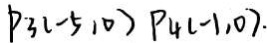
P _ { 3 } ( - 5 , 0 ) P _ { 4 } ( - 1 , 0 ) .